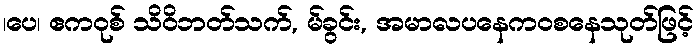
၊ပေ၊ ဧကဝုစ် သိဝိဘတ်သက်, မ်ခွင်း, အမာလပနေကဝစနေသုတ်ဖြင့်